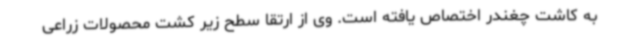
به کاشت چغندر اختصاص یافته است. وی از ارتقا سطح زیر کشت محصولات زراعی